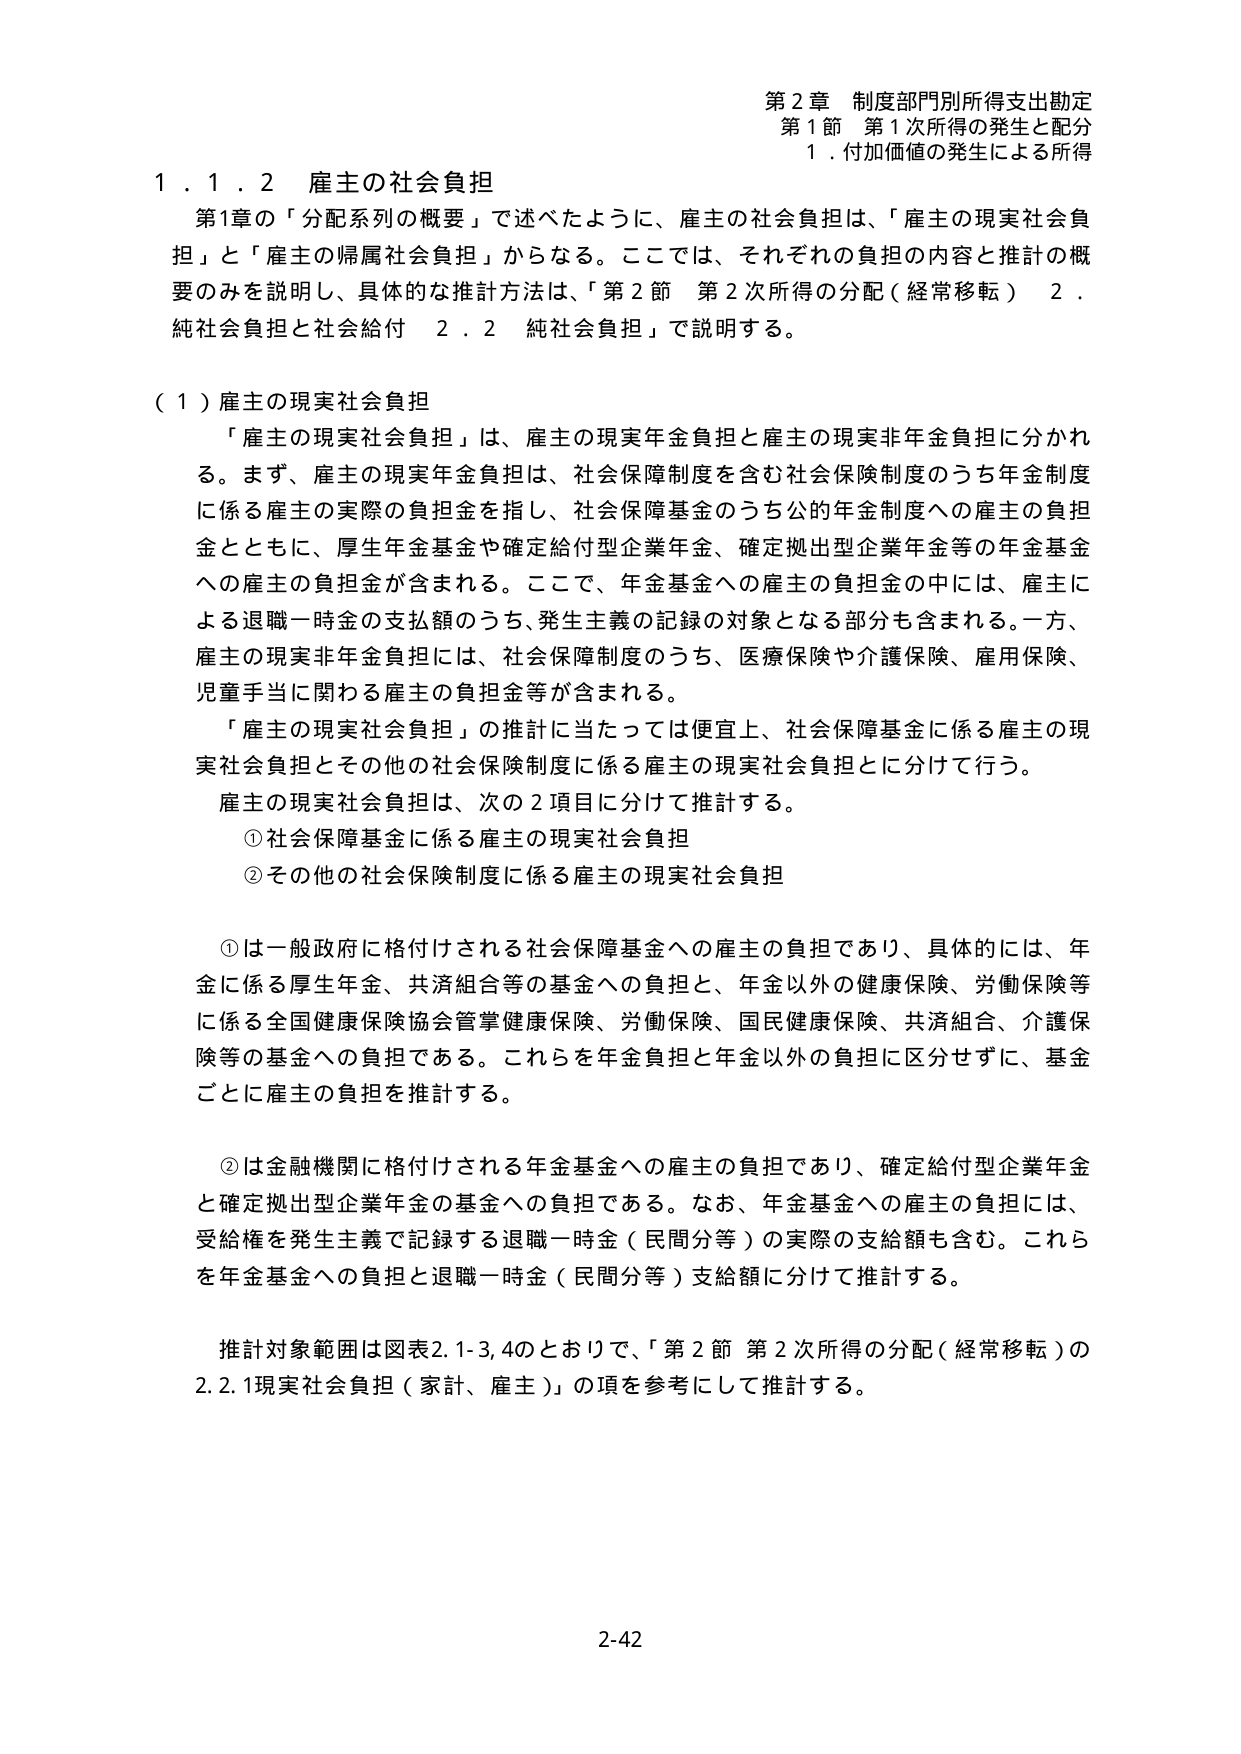
第２章 制度部門別所得支出勘定
第１節 第１次所得の発生と配分
１．付加価値の発生による所得

１．１．２ 雇主の社会負担
第１章の「分配系列の概要」で述べたように、雇主の社会負担は、「雇主の現実社会負担」と「雇主の帰属社会負担」からなる。ここでは、それぞれの負担の内容と推計の概要のみを説明し、具体的な推計方法は、「第２節 第２次所得の分配（経常移転） ２．純社会負担と社会給付 ２．２ 純社会負担」で説明する。

（１）雇主の現実社会負担
「雇主の現実社会負担」は、雇主の現実年金負担と雇主の現実非年金負担に分かれる。まず、雇主の現実年金負担は、社会保障制度を含む社会保険制度のうち年金制度に係る雇主の実際の負担金を指し、社会保障基金のうち公的年金制度への雇主の負担金とともに、厚生年金基金や確定給付型企業年金、確定拠出型企業年金等の年金基金への雇主の負担金が含まれる。ここで、年金基金への雇主の負担金の中には、雇主による退職一時金の支払額のうち、発生主義の記録の対象となる部分も含まれる。一方、雇主の現実非年金負担には、社会保障制度のうち、医療保険や介護保険、雇用保険、児童手当に関わる雇主の負担金等が含まれる。

「雇主の現実社会負担」の推計に当たっては便宜上、社会保障基金に係る雇主の現実社会負担とその他の社会保険制度に係る雇主の現実社会負担とに分けて行う。
雇主の現実社会負担は、次の２項目に分けて推計する。
① 社会保障基金に係る雇主の現実社会負担
② その他の社会保険制度に係る雇主の現実社会負担

①は一般政府に格付けされる社会保障基金への雇主の負担であり、具体的には、年金に係る厚生年金、共済組合等の基金への負担と、年金以外の健康保険、労働保険等に係る全国健康保険協会管掌健康保険、労働保険、国民健康保険、共済組合、介護保険等の基金への負担である。これらを年金負担と年金以外の負担に区分せずに、基金ごとに雇主の負担を推計する。

②は金融機関に格付けされる年金基金への雇主の負担であり、確定給付型企業年金と確定拠出型企業年金の基金への負担である。なお、年金基金への雇主の負担には、受給権を発生主義で記録する退職一時金（民間分等）の実際の支給額も含む。これらを年金基金への負担と退職一時金（民間分等）支給額に分けて推計する。

推計対象範囲は図表2.1-3,4のとおりで、「第２節 第２次所得の分配（経常移転）の2.2.1現実社会負担（家計、雇主）」の項を参考にして推計する。

2-42